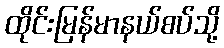
ထိုင်းမြန်မာနယ်စပ်သို့